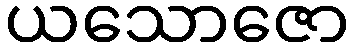
ယသောဇော